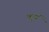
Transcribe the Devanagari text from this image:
मुर्ज